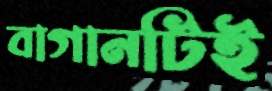
বাগানটিই